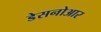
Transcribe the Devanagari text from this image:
डेसनोआर